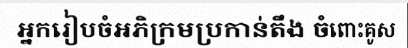
អ្នករៀបចំអភិក្រមប្រកាន់តឹង ចំពោះគូស